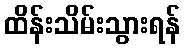
ထိန်းသိမ်းသွားရန်